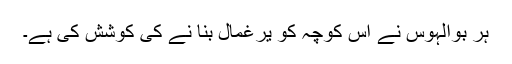
ہر بوالہوس نے اس کوچہ کو یرغمال بنا نے کی کوشش کی ہے۔